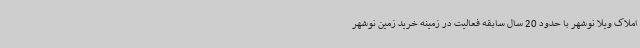
املاک ویلا نوشهر با حدود 20 سال سابقه فعالیت در زمینه خرید زمین نوشهر